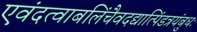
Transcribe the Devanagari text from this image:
एवंदत्वाबलिंचैवदद्यात्पिंडत्रयंबुधः